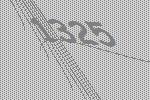
1325